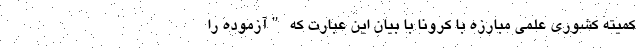
کمیته کشوری علمی مبارزه با کرونا با بیان این عبارت که "آزموده را